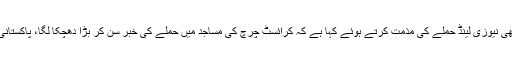
وفاقی وزیر اطلاعات فواد چوہدری نے بھی نیوزی لینڈ حملے کی مذمت کرتے ہوئے کہا ہے کہ کرائسٹ چرچ کی مساجد میں حملے کی خبر سن کر بڑا دھچکا لگا، پاکستانی قوم کی دعائیں نیوزی لینڈ کے ساتھ ہیں۔